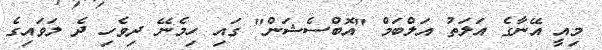
މިއީ އޭނާގެ އަލަތު އަލްބަމް "އޮބްސެޝަން" ގައި ހިމެނޭ ދިވެހި ދެ ލަވައިގެ